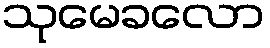
သုမေခလော